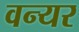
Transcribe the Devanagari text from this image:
वन्यर